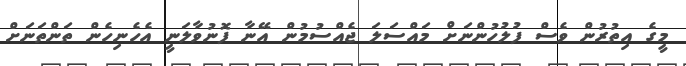
މީގެ އިތުރުން ވެސް ފުލުހުންނަށް މައްސަލަ ޖެއްސުމުން އޭނާ ފޮނުވާލަނީ އެހެނިހެން ތަންތަނަށް